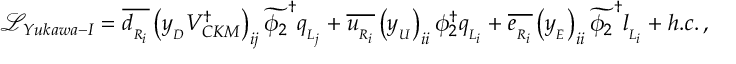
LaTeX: { \mathcal L } _ { Y u k a w a - I } = \overline { { { d _ { _ { R _ { i } } } } } } \left( y _ { _ { D } } V _ { C K M } ^ { \dagger } \right) _ { i j } \widetilde { \phi _ { 2 } } ^ { \dagger } q _ { _ { L _ { j } } } + \overline { { { u _ { _ { R _ { i } } } } } } \left( y _ { _ { U } } \right) _ { i i } \phi _ { 2 } ^ { \dagger } q _ { _ { L _ { i } } } + \overline { { { e _ { _ { R _ { i } } } } } } \left( y _ { _ { E } } \right) _ { i i } \widetilde { \phi _ { 2 } } ^ { \dagger } l _ { _ { L _ { i } } } + h . c . \, ,